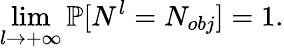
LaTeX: \operatorname*{lim}_{l\rightarrow+\infty}\mathbb{P}[N^{l}=N_{obj}]=1.